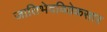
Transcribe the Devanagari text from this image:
जातिभेदविवेकसार